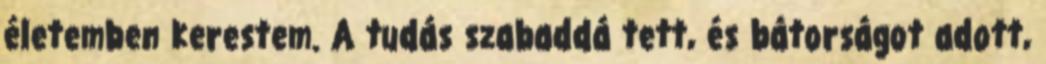
életemben kerestem. A tudás szabaddá tett, és bátorságot adott,